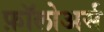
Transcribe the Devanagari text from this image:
फ़ॉलोअर्स